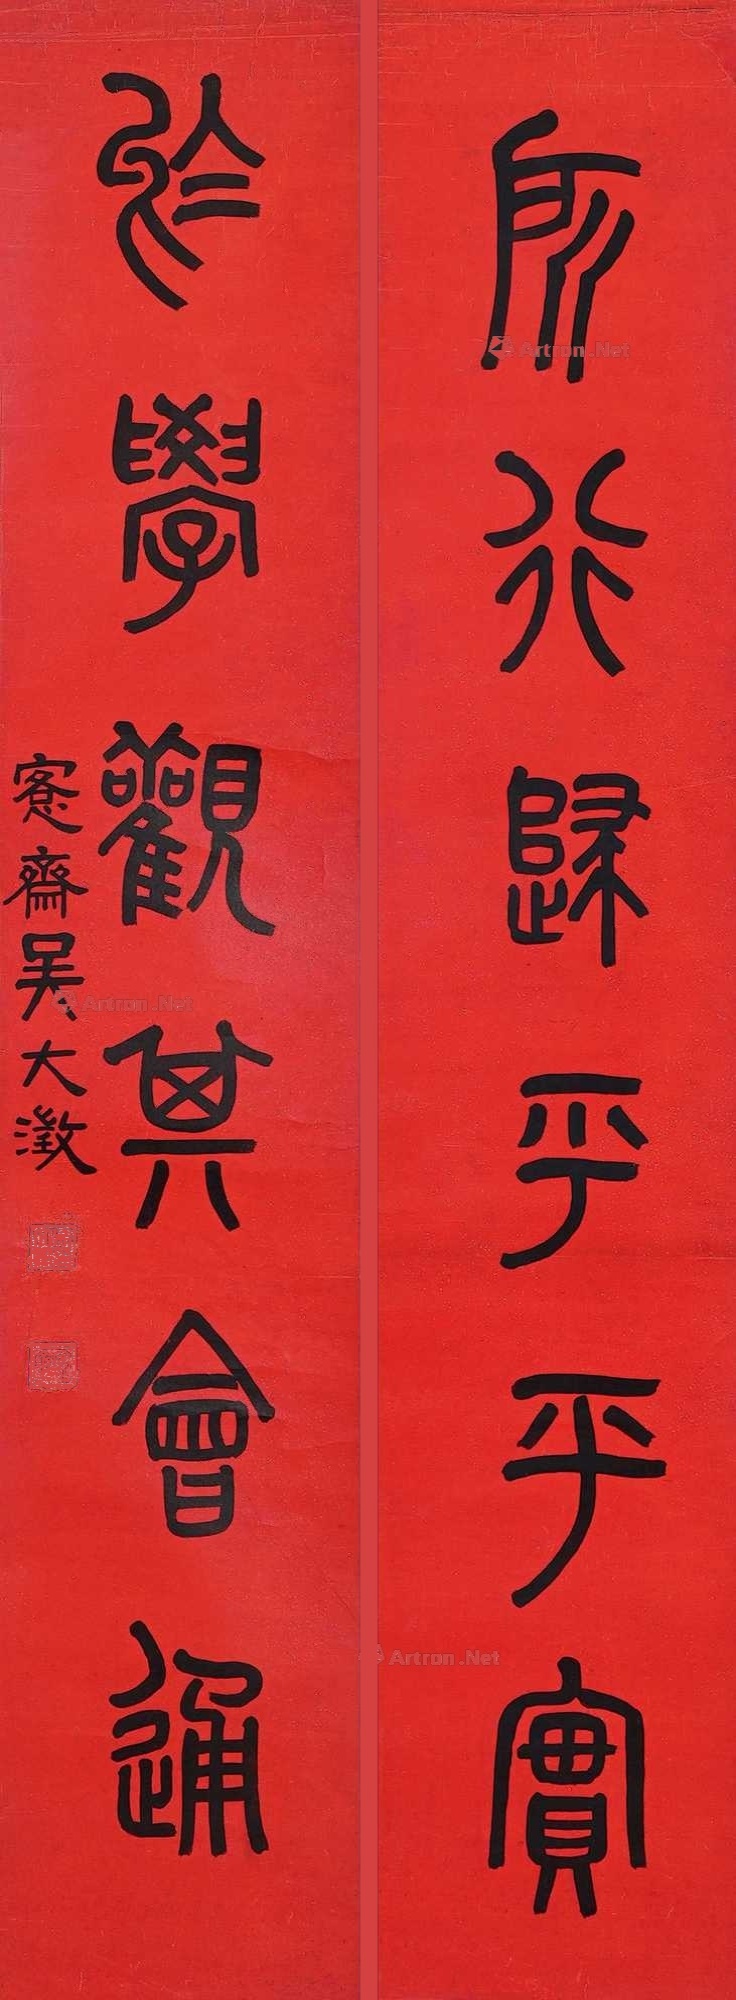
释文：所行归乎平实，于学观其会通。愙斋吴大澂。